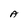
Character: A